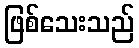
ဖြစ်သေးသည်